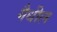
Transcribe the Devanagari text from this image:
गैधील